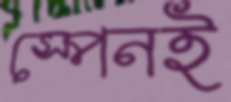
স্পেনই